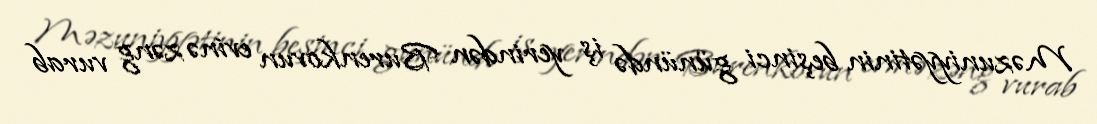
Məzuniyyətinin beşinci günündə iş yerindən Burenkovun evinə zəng vurab